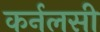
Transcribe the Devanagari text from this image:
कर्नलसी